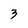
Character: 3